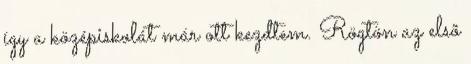
így a középiskolát már ott kezdtem. Rögtön az elsõ